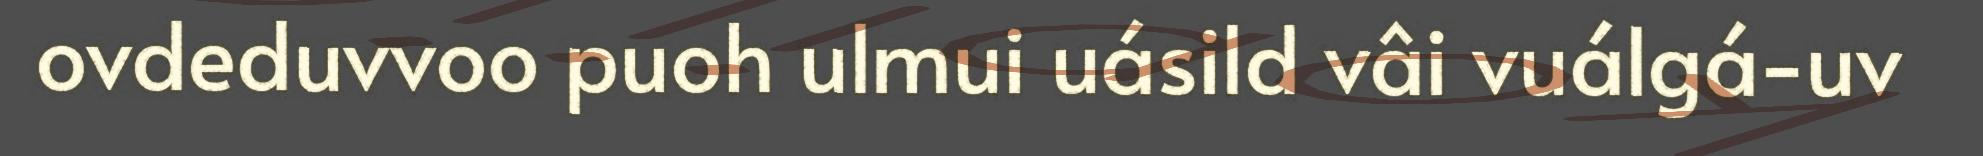
ovdeduvvoo puoh ulmui uásild vâi vuálgá-uv